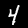
Label: 4